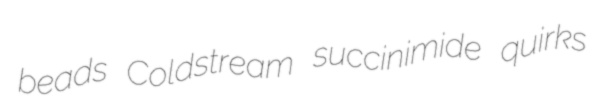
beads Coldstream succinimide quirks